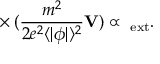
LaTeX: { \bf \nabla } \times ( \frac { m ^ { 2 } } { 2 e ^ { 2 } \langle | \phi | \rangle ^ { 2 } } { \bf V } ) \propto { \bf \omega } _ { \mathrm { e x t } } .